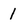
Character: I